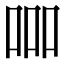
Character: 𠱠